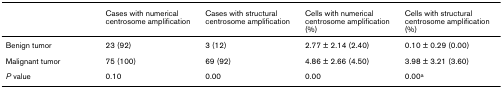
|  | Cases with numerical centrosome amplification | Cases with structural centrosome amplification | Cells with numerical centrosome amplification (%) | Cells with structural centrosome amplification (%) |
 | --- | --- | --- | --- | --- |
 | Benign tumor | 23 (92) | 3 (12) | 2.77 ± 2.14 (2.40) | 0.10 ± 0.29 (0.00) |
 | Malignant tumor | 75 (100) | 69 (92) | 4.86 ± 2.66 (4.50) | 3.98 ± 3.21 (3.60) |
 | P value | 0.10 | 0.00 | 0.00 | 0.00a |